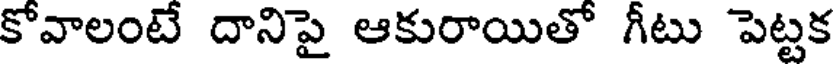
కోవాలంటే దానిపై ఆకురాయితో గీటు పెట్టక